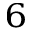
^ { 6 }